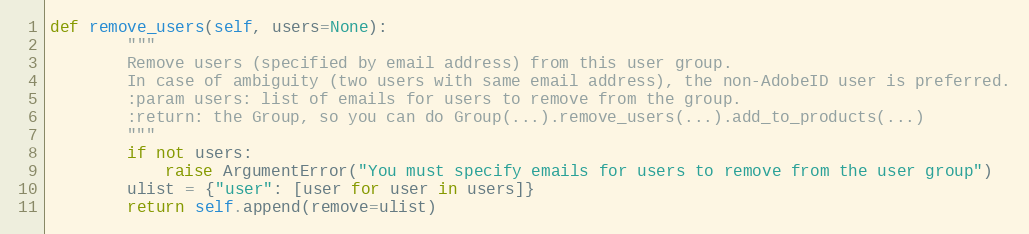
Language: Python
def remove_users(self, users=None):
        """
        Remove users (specified by email address) from this user group.
        In case of ambiguity (two users with same email address), the non-AdobeID user is preferred.
        :param users: list of emails for users to remove from the group.
        :return: the Group, so you can do Group(...).remove_users(...).add_to_products(...)
        """
        if not users:
            raise ArgumentError("You must specify emails for users to remove from the user group")
        ulist = {"user": [user for user in users]}
        return self.append(remove=ulist)